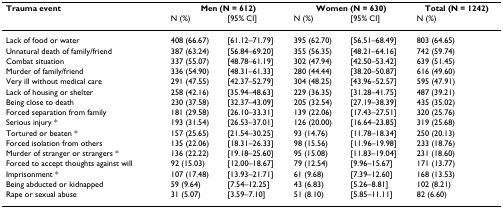
<table><thead><tr><td><b>Trauma event</b></td><td colspan="2"><b>Men (N = 612)</b></td><td colspan="2"><b>Women (N = 630)</b></td><td><b>Total (N = 1242)</b></td></tr><tr><td></td><td><b>N (%)</b></td><td><b>[95% CI]</b></td><td><b>N (%)</b></td><td><b>[95% CI]</b></td><td><b>N (%)</b></td></tr></thead><tbody><tr><td>Lack of food or water</td><td>408 (66.67)</td><td>[61.12–71.79]</td><td>395 (62.70)</td><td>[56.51–68.49]</td><td>803 (64.65)</td></tr><tr><td>Unnatural death of family/friend</td><td>387 (63.24)</td><td>[56.84–69.20]</td><td>355 (56.35)</td><td>[48.21–64.16]</td><td>742 (59.74)</td></tr><tr><td>Combat situation</td><td>337 (55.07)</td><td>[48.78–61.19]</td><td>302 (47.94)</td><td>[42.50–53.42]</td><td>639 (51.45)</td></tr><tr><td>Murder of family/friend</td><td>336 (54.90)</td><td>[48.31–61.33]</td><td>280 (44.44)</td><td>[38.20–50.87]</td><td>616 (49.60)</td></tr><tr><td>Very ill without medical care</td><td>291 (47.55)</td><td>[42.37–52.79]</td><td>304 (48.25)</td><td>[43.96–52.57]</td><td>595 (47.91)</td></tr><tr><td>Lack of housing or shelter</td><td>258 (42.16)</td><td>[35.94–48.63]</td><td>229 (36.35)</td><td>[31.28–41.75]</td><td>487 (39.21)</td></tr><tr><td>Being close to death</td><td>230 (37.58)</td><td>[32.37–43.09]</td><td>205 (32.54)</td><td>[27.19–38.39]</td><td>435 (35.02)</td></tr><tr><td>Forced separation from family</td><td>181 (29.58)</td><td>[26.10–33.31]</td><td>139 (22.06)</td><td>[17.43–27.51]</td><td>320 (25.76)</td></tr><tr><td>Serious injury *</td><td>193 (31.54)</td><td>[26.53–37.01]</td><td>126 (20.00)</td><td>[16.64–23.85]</td><td>319 (25.68)</td></tr><tr><td>Tortured or beaten *</td><td>157 (25.65)</td><td>[21.54–30.25]</td><td>93 (14.76)</td><td>[11.78–18.34]</td><td>250 (20.13)</td></tr><tr><td>Forced isolation from others</td><td>135 (22.06)</td><td>[18.31–26.33]</td><td>98 (15.56)</td><td>[11.96–19.98]</td><td>233 (18.76)</td></tr><tr><td>Murder of stranger or strangers *</td><td>136 (22.22)</td><td>[19.18–25.60]</td><td>95 (15.08)</td><td>[11.83–19.04]</td><td>231 (18.60)</td></tr><tr><td>Forced to accept thoughts against will</td><td>92 (15.03)</td><td>[12.00–18.67]</td><td>79 (12.54)</td><td>[9.96–15.67]</td><td>171 (13.77)</td></tr><tr><td>Imprisonment *</td><td>107 (17.48)</td><td>[13.93–21.71]</td><td>61 (9.68)</td><td>[7.39–12.60]</td><td>168 (13.53)</td></tr><tr><td>Being abducted or kidnapped</td><td>59 (9.64)</td><td>[7.54–12.25]</td><td>43 (6.83)</td><td>[5.26–8.81]</td><td>102 (8.21)</td></tr><tr><td>Rape or sexual abuse</td><td>31 (5.07)</td><td>[3.59–7.10]</td><td>51 (8.10)</td><td>[5.85–11.11]</td><td>82 (6.60)</td></tr></tbody></table>